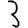
Digit: 3